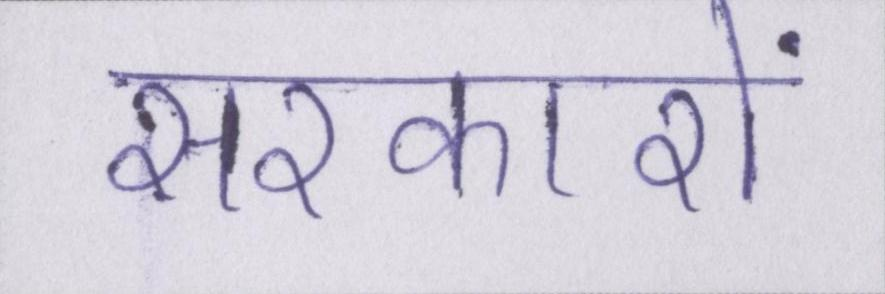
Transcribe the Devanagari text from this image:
सरकारों